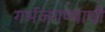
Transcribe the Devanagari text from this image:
गर्भजगण्याची